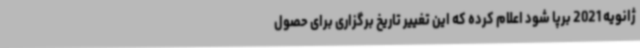
ژانویه 2021 برپا شود اعلام کرده که این تغییر تاریخ برگزاری برای حصول